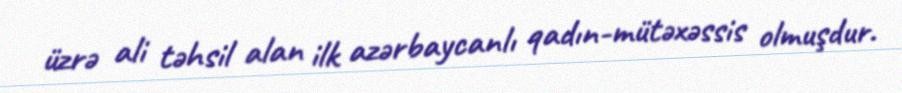
üzrə ali təhsil alan ilk azərbaycanlı qadın-mütəxəssis olmuşdur.